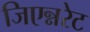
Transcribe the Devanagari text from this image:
जिएन्नरेट